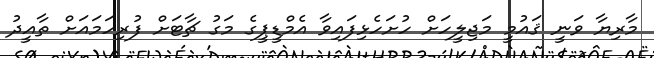
މާރިޔާ ވަނީ ޤައުމީ މަޖިލީހަށް ހުށަހެޅިފައިވާ އެމްޑީޕީގެ މަގު ޗާޓަށް ފުރިހަމައަށް ތާއީދު